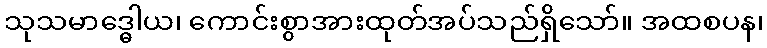
သုသမာဒ္ဓေါယ၊ ကောင်းစွာအားထုတ်အပ်သည်ရှိသော်။ အထစပန၊